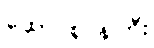
ထောင်စုဝန်ကြီး